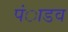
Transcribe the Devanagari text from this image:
पंाडव